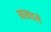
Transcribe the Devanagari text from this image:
आखडले